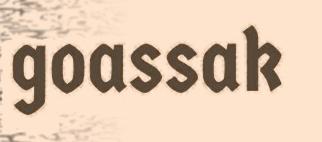
goassak